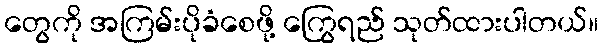
တွေကို အကြမ်းပိုခံစေဖို့ ကြွေရည် သုတ်ထားပါတယ်။